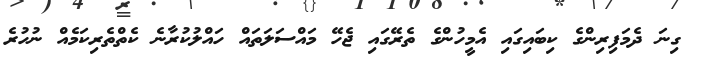
ގިނަ ދެމަފިރިންގެ ކިބައިގައި އެމީހުންގެ ތެރޭގައި ޖެހޭ މައްސަލަތައް ހައްލުކުރާނެ ކެތްތެރިކަމެއް ނުހުރެ